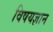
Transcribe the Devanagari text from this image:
विषयज्ञान